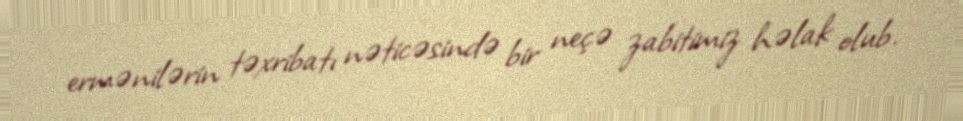
ermənilərin təxribatı nəticəsində bir neçə zabitimiz həlak olub.